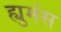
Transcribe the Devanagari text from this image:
ह्युमंस